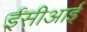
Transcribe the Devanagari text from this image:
ईसीआई